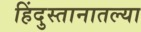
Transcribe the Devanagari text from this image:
हिंदुस्तानातल्या